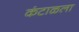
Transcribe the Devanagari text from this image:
कंटाळला